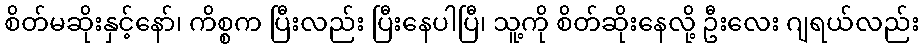
စိတ်မဆိုးနှင့်နော်၊ ကိစ္စက ပြီးလည်း ပြီးနေပါပြီ၊ သူ့ကို စိတ်ဆိုးနေလို့ ဦးလေး ဂျရယ်လည်း